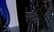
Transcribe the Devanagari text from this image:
फुलदा